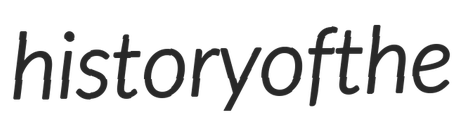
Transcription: history of the